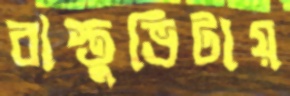
বাস্তুভিটায়